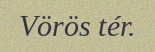
Vörös tér.